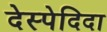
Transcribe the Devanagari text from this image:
देस्पेदिदा